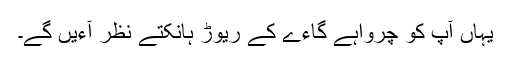
یہاں آپ کو چرواہے گاءے کے ریوڑ ہانکتے نظر آءیں گے۔